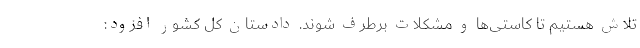
تلاش هستیم تا کاستی‌ها و مشکلات برطرف شوند. دادستان کل کشور افزود: